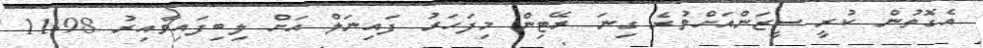
އެގޮތުން ކުރީ ސީޒަންއަށްވުރެ ގިނަ ރޭޓިން މިފަހަރު ފައިނަލް އަށް ލިބިފައިވާއިރު 11.98